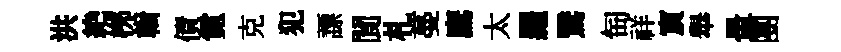
洪絶桞輯債霓克犯謤閬札蔓鷹太羅鷖匋祥賔舉暈團